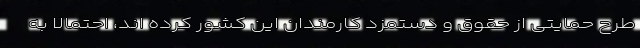
طرح حمایتی از حقوق و دستمزد کارمندان این کشور کرده اند، احتمالاً به